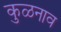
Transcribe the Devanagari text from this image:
कुळनाव